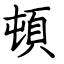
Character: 頓